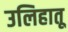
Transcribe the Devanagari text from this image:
उलिहातू